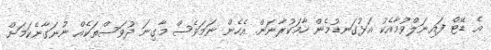
އެ ޑޭޓް ފައިނަލްވުމާއެކު އަޅުގަނޑުމެން ހާމަކުރާނަން. އެހެން ނަމަވެސް މާގިނަ ދުވަސްތަކެއް ނުނަގާނެކަމަށް